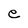
Character: e